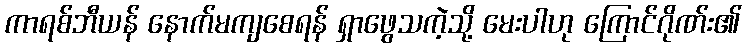
ကာရစ်ဘီယန် နောက်မကျစေရန် ရှာဖွေသကဲ့သို့ မေးပါဟု ကြောင်ဂိုဏ်း၏